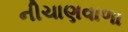
નીચાણવાળા